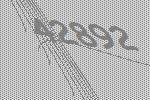
42892